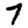
Digit: 7